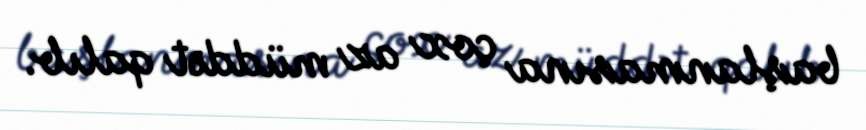
başlanmasına çox az müddət qalıb.